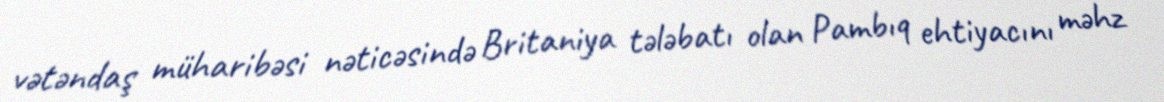
vətəndaş müharibəsi nəticəsində Britaniya tələbatı olan Pambıq ehtiyacını məhz